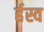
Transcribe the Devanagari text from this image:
र्हस्व